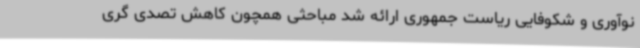
نوآوری و شکوفایی ریاست جمهوری ارائه شد مباحثی همچون کاهش تصدی گری